Reports on dispensaries and lunatic asylums in the Province of Oudh - 1869-1876
Year: 1869
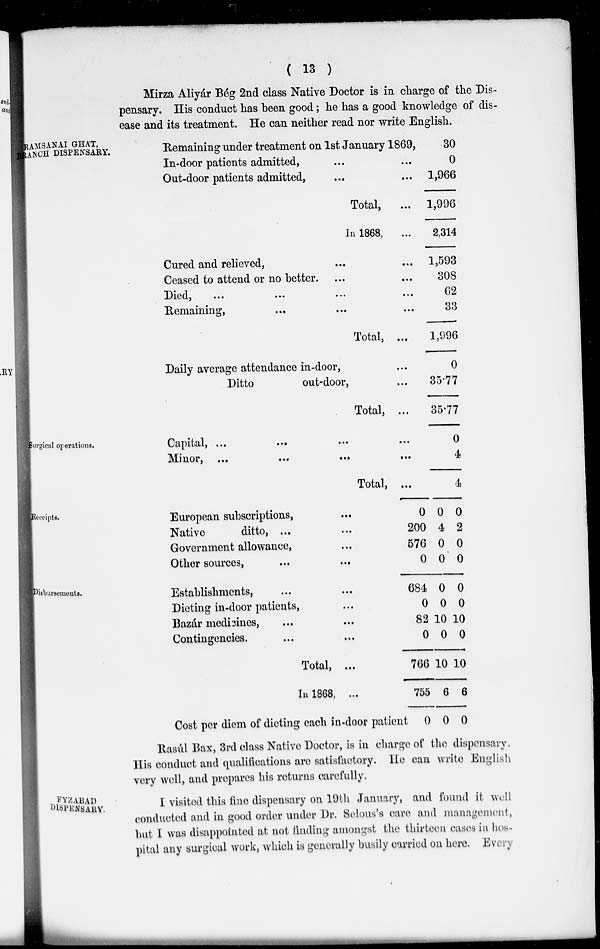
( 13 )
Mirza Aliyár Bég 2nd class Native Doctor is in charge of the Dis-
pensary. His conduct has been good ; he has a good knowledge of dis-
ease and its treatment. He can neither read nor write English.
RAMSANAI GHAT,
RANCH DISPENSARY.
Remaining under treatment on 1st January 1869,
In-door patients admitted, ... ...
Out-door patients admitted, ... ...
Total, ...
In 1868, ...
Cured and relieved, ... ...
Ceased to attend or no better. ... ...
Died, ... ... ... ...
Remaining, ... ... ...
Total, ...
Daily average attendance in-door, ...
Ditto
out-door, ...
Total, ...
30
0
1,966
1,996
2,314
1,593
308
62
33
1,996
0
35.77
35.77
Surgical operations.
Capital, ... ... ... ...
Minor,
...
...
...
...
Total, ...
0
4
4
Receipts.
European subscriptions, ...
Native
ditto, ... ...
Government allowance, ...
Other sources, ... ...
0
200
576
0
0
4
0
0
0
2
0
0
Disbursements.
Establishments, ... ...
Dieting in-door patients, ...
Bazár medicines, ... ...
Contingencies. ... ...
Total, ..
In 1868, ...
Cost per diem of dieting each in-door patient,
684
0
82
0
766
755
0
0
0
10
0
10
6
0
0
0
10
0
10
6
0
Rasúl Bax, 3rd class Native Doctor, is in charge of the dispensary.
His conduct and qualifications are satisfactory. He can write English
very well, and prepares his returns carefully.
FYZABAD
DISPENSARY.
I visited this fine dispensary on 19th January, and found it well
conducted and in good order under Dr. Selous's care and management,
but I was disappointed at not finding amongst the thirteen cases in hos-
pital any surgical work, which is generally busily carried on here. Every